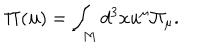
LaTeX: { } { \bf \Pi } ( { \bf u } ) = \int _ { M } d ^ { 3 } x u ^ { \mu } { \Pi } _ { \mu } .